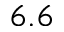
6 . 6